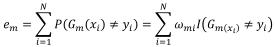
$e_m=\sum_{i=1}^{N}P(G_m(x_i)\neq y_i)=\sum_{i=1}^{N}\omega_i I(G_m(x_i)\neq y_i)$